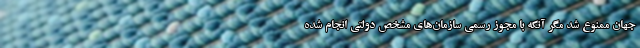
جهان ممنوع شد مگر آنکه با مجوز رسمی سازمان‌های مشخص دولتی انجام شده